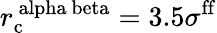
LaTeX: r_{\mathrm{c}}^{\mathrm{\ alpha\ beta}}=3.5\sigma^{\mathrm{ff}}